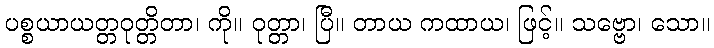
ပစ္စယာယတ္တဝုတ္တိတာ၊ ကို။ ဝုတ္တာ၊ ပြီ။ တာယ ကထာယ၊ ဖြင့်။ သဗ္ဗော၊ သော။